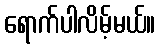
ရောက်ပါလိမ့်မယ်။